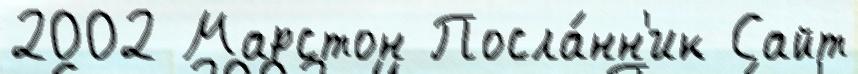
2002 Марстон Посла́нн'ик Сайт